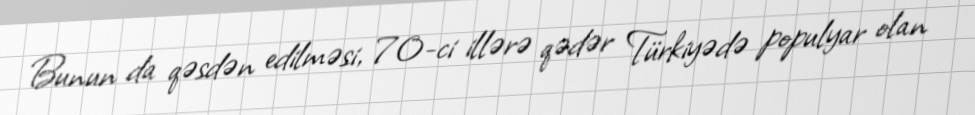
Bunun da qəsdən edilməsi, 70-ci illərə qədər Türkiyədə populyar olan